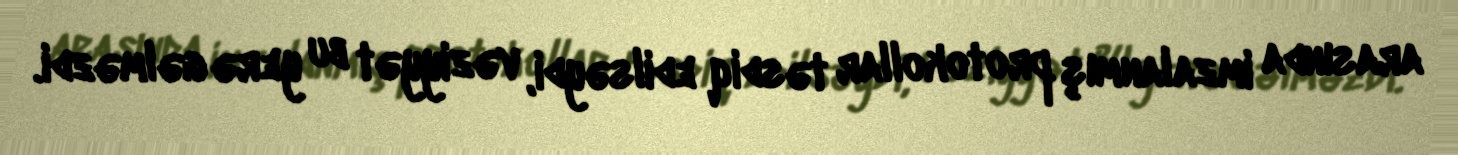
arasında imzalanmış protokollar təsdiq edilsəydi, vəziyyət bu yerə gəlməzdi.